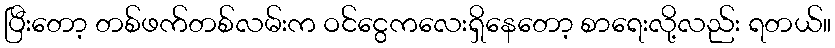
ပြီးတော့ တစ်ဖက်တစ်လမ်းက ဝင်ငွေကလေးရှိနေတော့ စာရေးလို့လည်း ရတယ်။